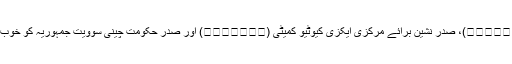
ماو زیدونگ نے بحیثیت صدر مملکت (央執行委員會主席)، صدر نشین برائے مرکزی ایکزی کیوٹیو کمیٹی (人民委員會主席) اور صدر حکومت چینی سوویت جمہوریہ کو خوب ترقی دی اور اسے پھلنے پھولنے کا موقع ملا۔